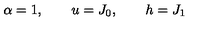
\alpha = 1 , \qquad u = J _ { 0 } , \qquad h = J _ { 1 }